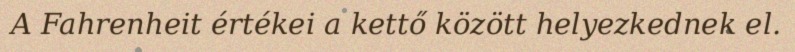
A Fahrenheit értékei a kettő között helyezkednek el.